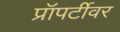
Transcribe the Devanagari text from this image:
प्रॉपर्टीवर